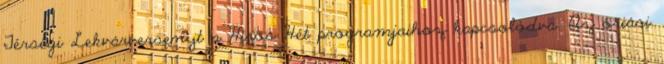
Térségi Lekvárversenyt a Hírös Hét programjaihoz kapcsolódva. Az óriási